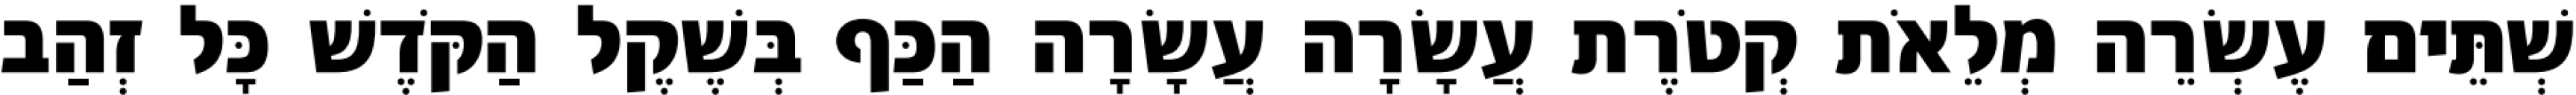
שְׁתֵּים עֶשְׂרֵה מְלֵאֹת קְטֹרֶת עֲשָׂרָה עֲשָׂרָה הַכַּף בְּשֶׁקֶל הַקֹּדֶשׁ כָּל זְהַב